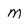
Character: m